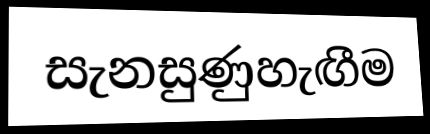
සැනසුණුහැඟීම